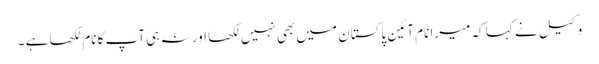
وکیل نے کہا کہ میرا نام آئین پاکستان میں بھی نہیں لکھا اور نہ ہی آپ کا نام لکھا ہے ۔